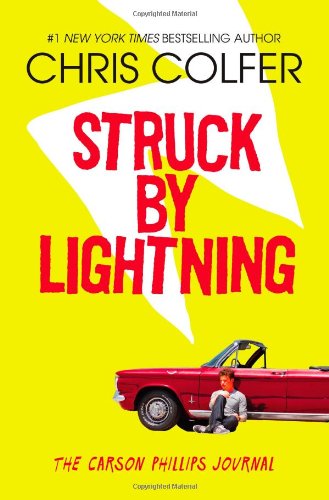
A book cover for Struck By Lightning: The Carson Phillips Journal; Chris Colfer; Teen & Young Adult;